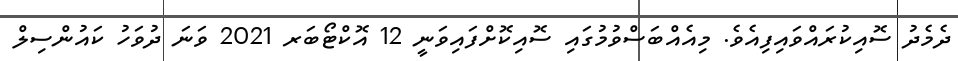
ދެމެދު ސޮއިކުރައްވައިފިއެވެ. މިއެއްބަސްވުމުގައި ސޮއިކޮށްފައިވަނީ 12 އޮކްޓޯބަރ 2021 ވަނަ ދުވަހު ކައުންސިލް